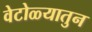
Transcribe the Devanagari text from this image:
वेटोळ्यातुन